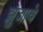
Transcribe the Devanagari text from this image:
झुंजावे